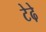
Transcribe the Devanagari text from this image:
टेढे़